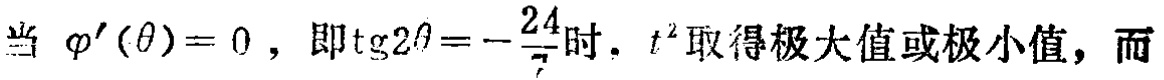
当 $\varphi'(\theta)=0$，即$\operatorname{tg}2\theta =-\frac{24}{7}$时，$t^{2}$取得极大值或极小值，而